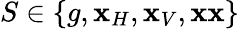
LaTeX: S\in\{ g,\mathbf{x}_{H},\mathbf{x}_{V},\mathbf{x}\mathbf{x}\}